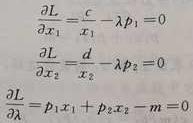
\[
\begin{align*}
\frac{\partial L}{\partial x_1}&=\frac{c}{x_1}-\lambda p_1 = 0\\
\frac{\partial L}{\partial x_2}&=\frac{d}{x_2}-\lambda p_2 = 0\\
\frac{\partial L}{\partial \lambda}&=p_1 x_1 + p_2 x_2 - m = 0
\end{align*}
\]